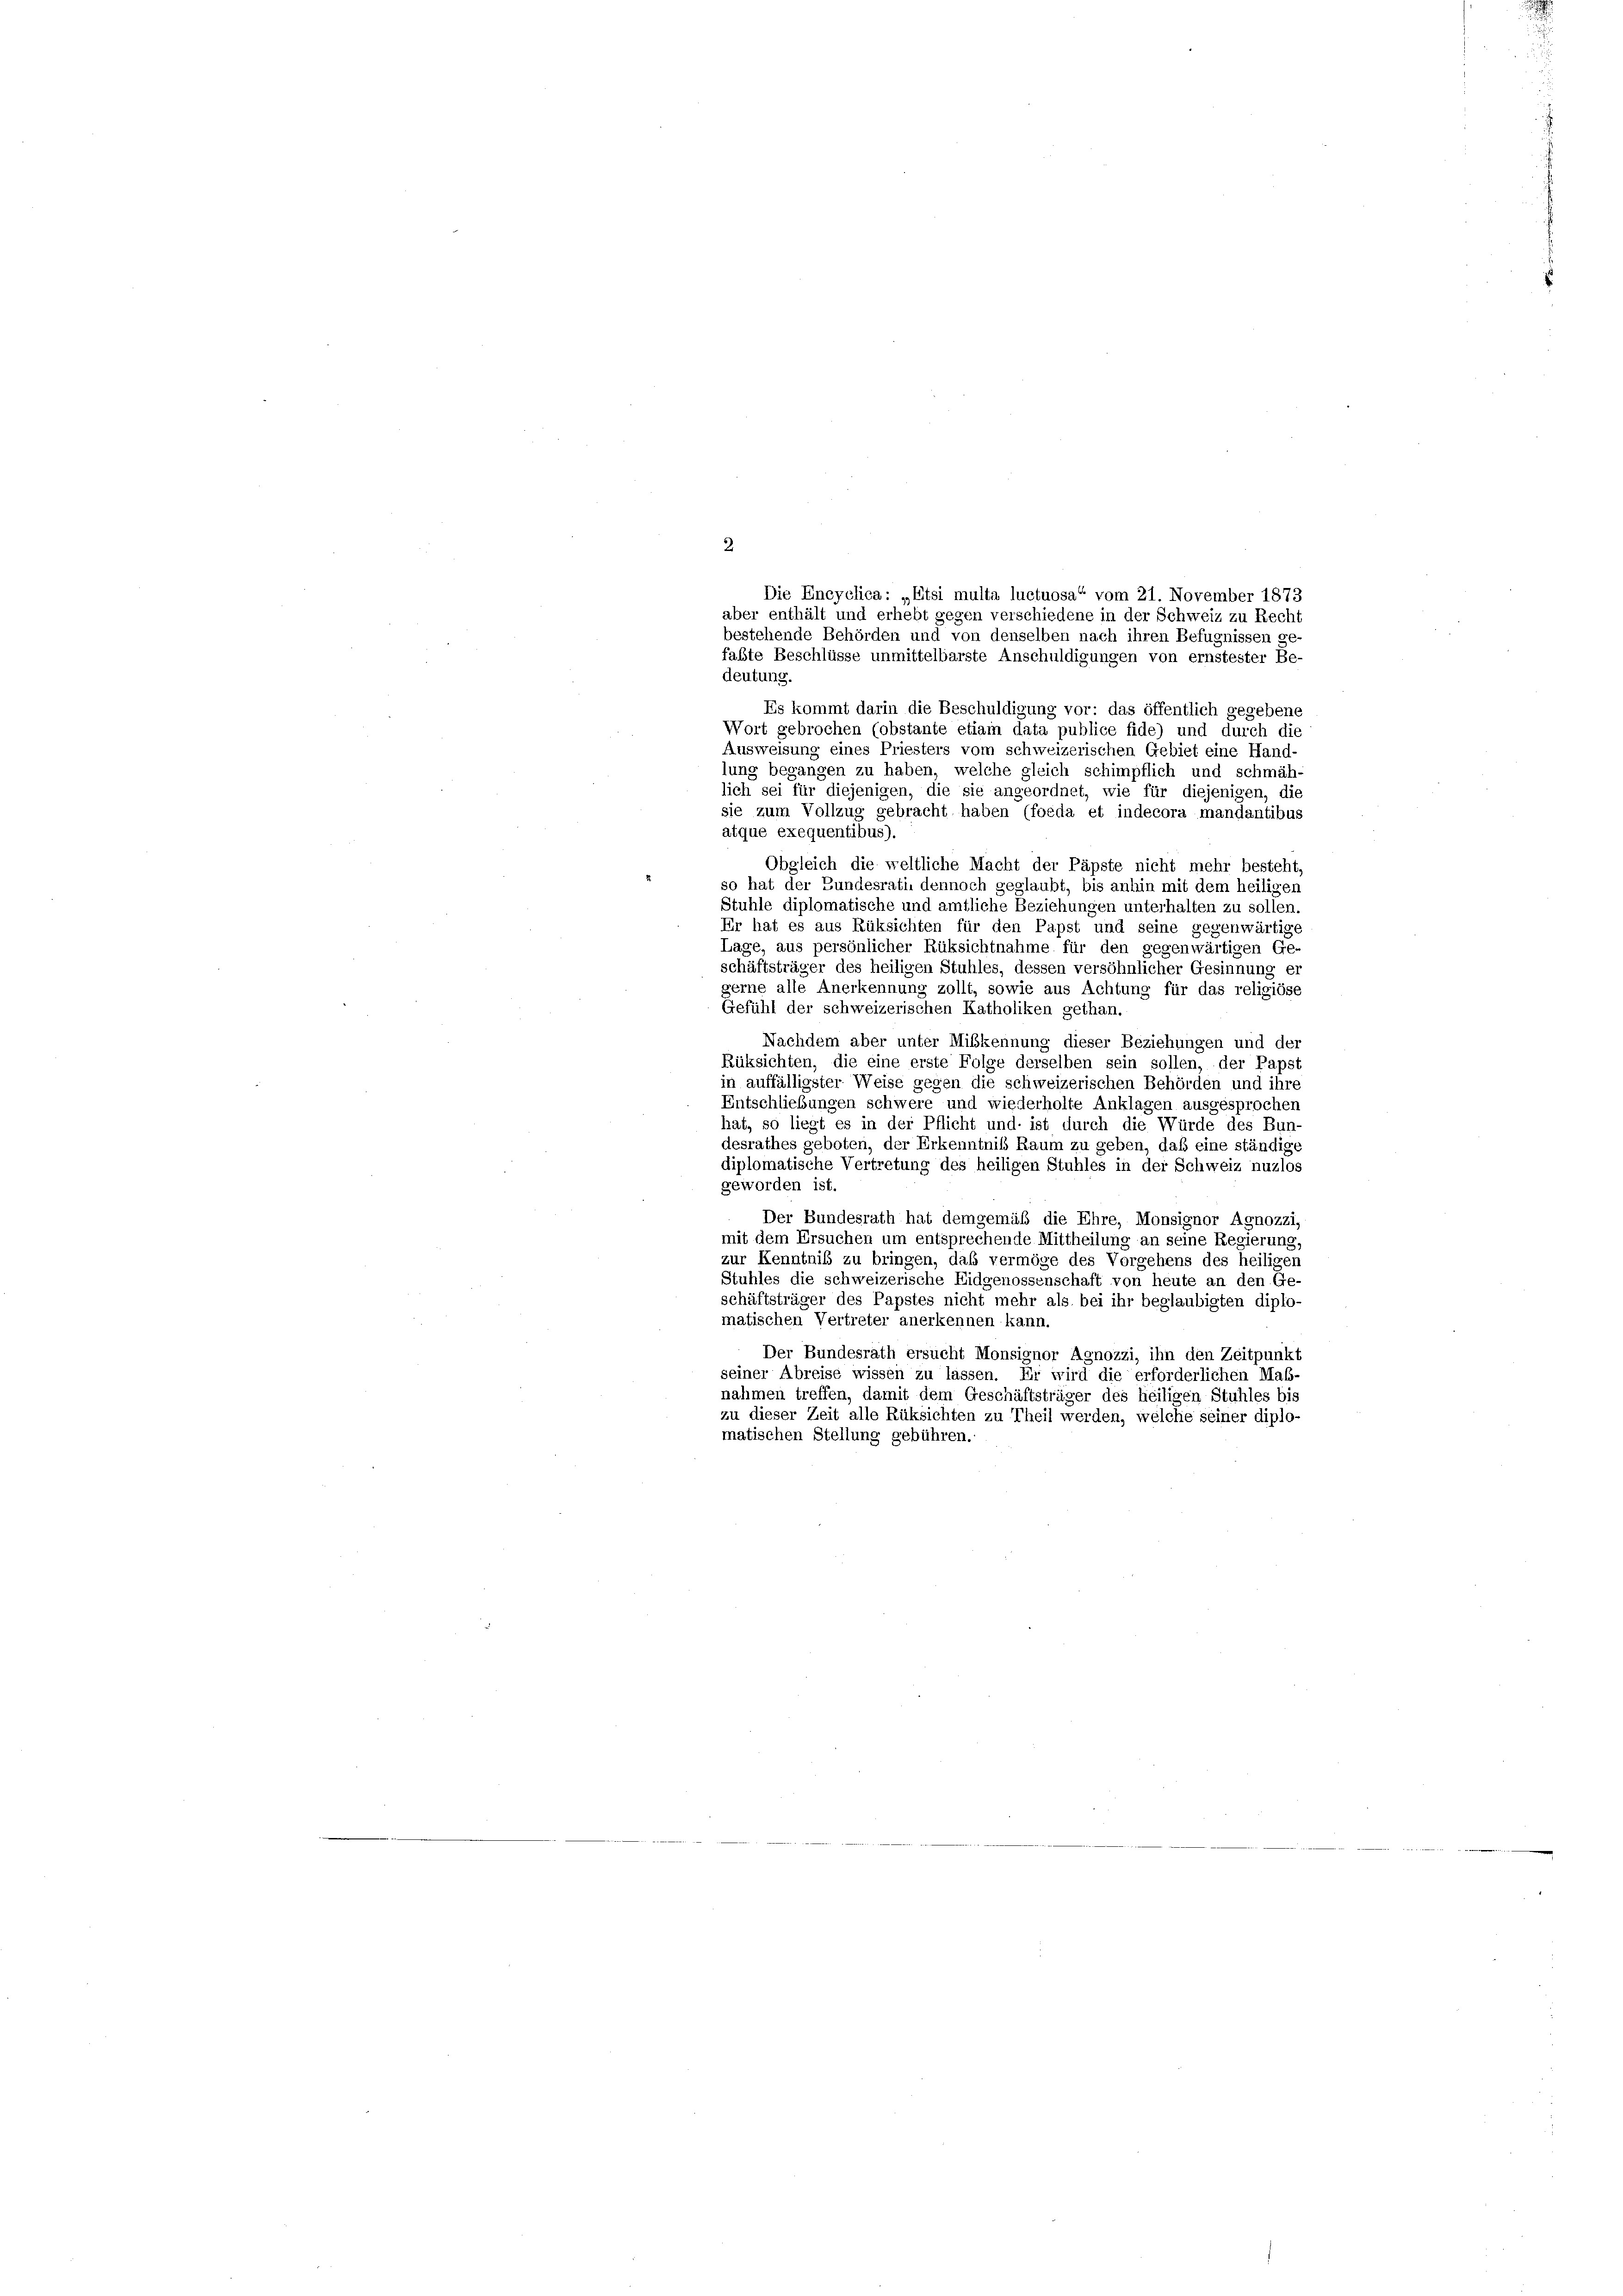
fabte Beschlüsse unmittelbarste Anschuldigungen von ernstester Be-
deutung.
Es kommt darin die Beschuldigung vor: das öffentlich gegebene
Wort gebrochen (obstante etiam data publice fide) und durch die
Ausweisung eines Priesters vom schweizerischen Gebiet eine Hand-
lung begangen zu haben, welche gleich schimpflich und schmäh-
lich sei für diejenigen, die sie angeordnet, wie für diejenigen, die
sie zum Vollzug gebracht haben (foeda et indecora mandantibus
atque exequentibus).
Obgleich die weltliche Macht der Päpste nicht mehr besteht,
so hat der Bundesrath dennoch geglaubt, bis anhin mit dem heiligen
Stühle diplomatische und amtliche Beziehungen unterhalten zu sollen.
Er hat es aus Rüksichten für den Papst und seine gegenwärtige
Lage, aus persönlicher Rüksichtnahme für den gegenwärtigen Ge-
schäftsträger des heiligen Stuhles, dessen versöhnlicher Gesinnung er
gerne alle Anerkennung zollt, sowie aus Achtung für das religiöse
Gefühl der schweizerischen Katholiken gethan.
Nachdem aber unter Mißkennung dieser Beziehungen und der
Rüksichten, die eine erste Folge derselben sein sollen, der Papst
in auffälligster Weise gegen die schweizerischen Behörden und ihre
Entschliebungen schwere und wiederholte Anklagen ausgesprochen
hat, so liegt es in der Pflicht und ist durch die Würde des Bun
desrathes geboten, der Erkenntniß Raum zu geben, daß eine ständige
diplomatische Vertretung des heiligen Stuhles in der Schweiz nuzlos
geworden ist.
Der Bundesrath hat demgemäß die Ehre, Monsignor Agnozzi
mit dem Ersuchen um entsprechende Mittheilung an seine Regierung,
zur Kenntniß zu bringen, daß vermöge des Vorgehens des heiligen
Stuhles die schweizerische Eidgenossenschaft von heute an den Ge-
schäftsträger des Papstes nicht mehr als bei ihr beglaubigten diplo-
matischen Vertreter anerkennen kann.
Der Bundesrath ersucht Monsignor Agnozzi, ihn den Zeitpunkt
seiner Abreise wissen zu lassen. Er wird die erforderlichen Maß-
nahmen treffen, damit dem Geschäftsträger des heiligen Stuhles bis
zu dieser Zeit alle Rüksichten zu Theil werden, welche seiner diplo-
matischen Stellung gebühren.

2.
Die Encyclica: „Etsi multa luctuosa“ vom 21. November 1873
aber enthält und erhebt gegen verschiedene in der Schweiz zu Recht
bestehende Behörden und von denselben nach ihren Befugnissen ge-